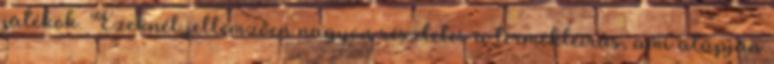
játékok. Ezeknél jellemzően nagyon részletes a termékleírás, ami alapján